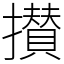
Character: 攅